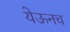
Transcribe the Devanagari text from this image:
येऊनच